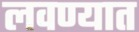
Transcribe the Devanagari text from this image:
लवण्यात